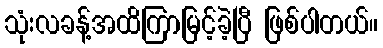
သုံးလခန့်အထိကြာမြင့်ခဲ့ပြီ ဖြစ်ပါတယ်။